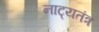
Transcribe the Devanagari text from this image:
नाट्यतंत्र